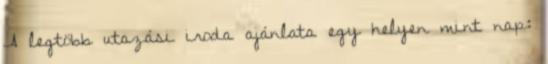
A legtöbb utazási iroda ajánlata egy helyen mint nap: